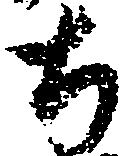
ち